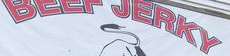
BEEF JERKY